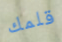
قلمك